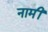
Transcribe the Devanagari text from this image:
नामीं